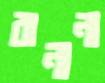
বানানা